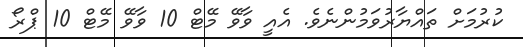
ކުރުމަށް ތައްޔާރުވަމުންނެވެ. އެއީ ވާވޭ މޭޓް 10 ވާވޭ މޭޓް 10 ޕްރޯ